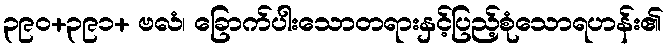
၃၉၀+၃၉၁+ ဗလံ၊ ခြောက်ပါးသောတရားနှင့်ပြည့်စုံသောရဟန်း၏